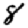
Digit: 8